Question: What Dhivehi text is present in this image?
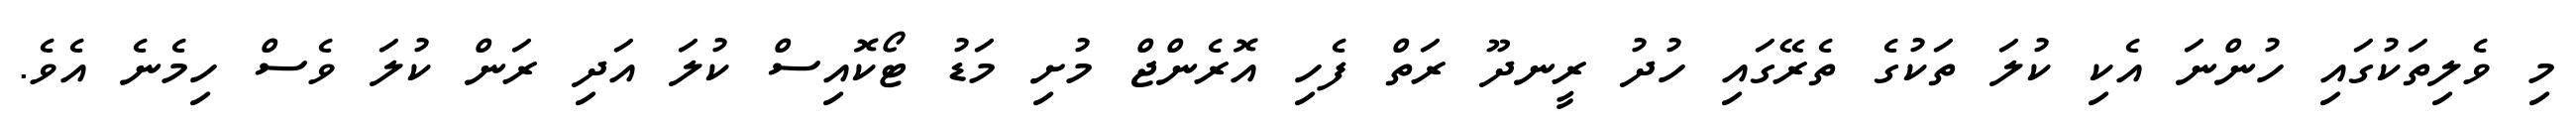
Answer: މި ވެލިތަކުގައި ހުންނަ އެކި ކުލަ ތަކުގެ ތެރޭގައި ހުދު ރީނދޫ ރަތް ފެހި އޮރެންޖް މުށި މަޑު ޓޯކޮއިސް ކުލަ އަދި ރަން ކުލަ ވެސް ހިމެނެ އެވެ.